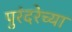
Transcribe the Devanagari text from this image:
पुरंदरेच्या